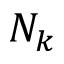
N _ { k }